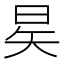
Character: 𪰖